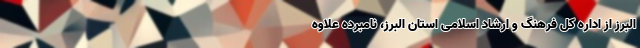
البرز از اداره کل فرهنگ و ارشاد اسلامی استان البرز، نامبرده علاوه